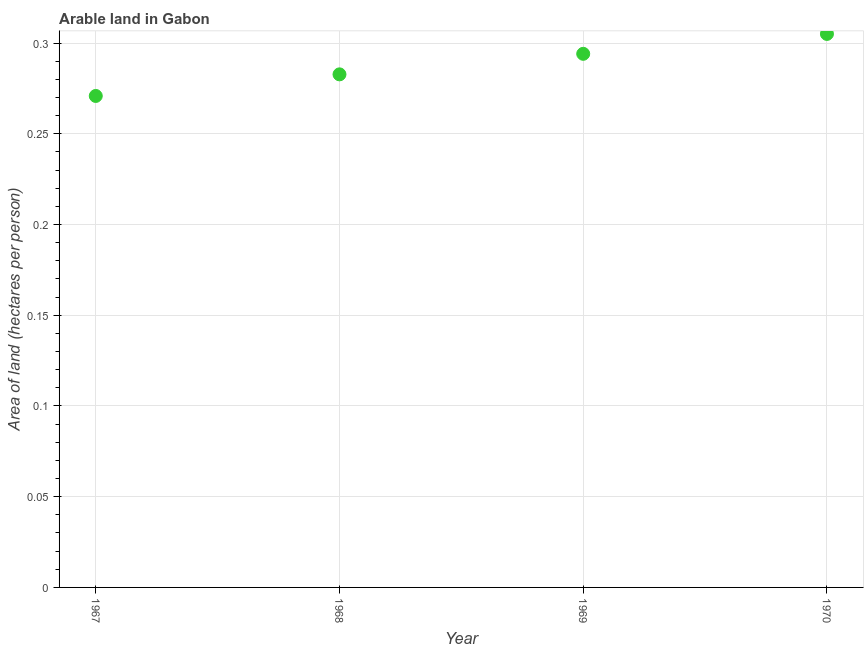
| Year | Arable land |
 | --- | --- |
 | 1967 | 0.271 |
 | 1968 | 0.283 |
 | 1969 | 0.294 |
 | 1970 | 0.305 |